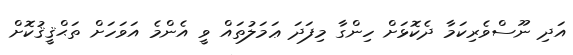
އަދި ނޫސްވެރިކަމާ ދެކޮޅަށް ހިންގާ މިފަދަ ޢަމަލުތައް ވީ އެންމެ އަވަހަށް ތަޙްޤީޤުކޮށް